Civil Veterinary Department. Madras. Admin. report 1926-33 - 1926-1933
Year: 1926
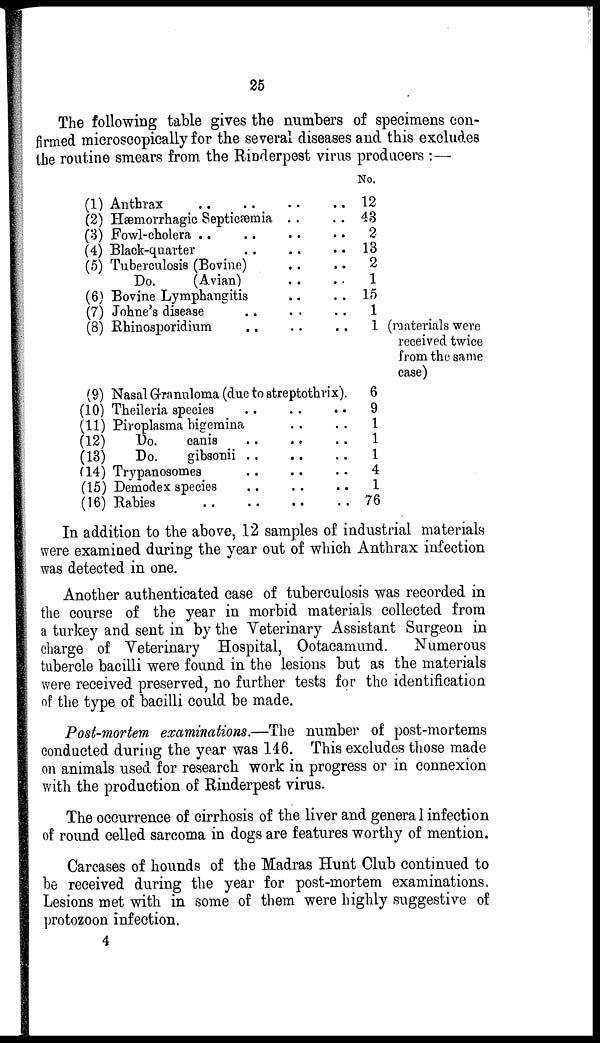
25
The following table gives the numbers of specimens con-
firmed microscopically for the several diseases and this excludes
the routine smears from the Rinderpest virus producers:—
(1) Anthrax .. .. ..
(2) Hæmorrhagic Septicæmia ..
(3) Fowl-cholera .. .. ..
(4) Black quarter .. ..
(5) Tuberculosis (Bovine) ..
Do.
(Avian) ..
(6) Bovine Lymphangitis ..
(7) Johne's disease .. ..
(8) Rhinosporidium .. ..
No.
.. 12
.. 43
..
2
.. 13
..
2
..
1
.. 15
.. 1
.. 1
(9) Nasal Granuloma (due to streptothrix). 6
(10) Theileria species
(11) Piroplasma bigemina ..
(12)
Do.
canis .. ..
(13) Do. gibsonii .. ..
(14) Trypanosomes .. ..
(15) Demodex species .. ..
(16) Rabies .. .. ..
..
9
..
1
..
1
.. 1
..
4
..
1
.. 76
(materials were
received twice
from the same
case)
In addition to the above, 12 samples of industrial materials
were examined during the year out of which Anthrax infection
was detected in one.
Another authenticated case of tuberculosis was recorded in
the course of the year in morbid materials collected from
a turkey and sent in by the Veterinary Assistant Surgeon in
charge of Veterinary Hospital, Ootacamund. Numerous
tubercle bacilli were found in the lesions but as the materials
were received preserved, no further tests for the identification
of the type of bacilli could be made.
Post-mortem examinations.—The number of post-mortems
conducted during the year was 146. This excludes those made
on animals used for research work in progress or in connexion
with the production of Rinderpest virus.
The occurrence of cirrhosis of the liver and general infection
of round celled sarcoma in dogs are features worthy of mention.
Carcases of hounds of the Madras Hunt Club continued to
be received during the year for post-mortem examinations.
Lesions met with in some of them were highly suggestive of
protozoon infection.
4